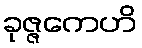
ခုဇ္ဇကေဟိ